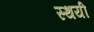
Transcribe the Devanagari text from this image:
स्‍थयी